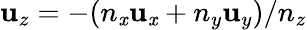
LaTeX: \mathbf{u}_{z}=-(n_{\mathit{x}}\mathbf{u}_{\mathit{x}}+n_{y}\mathbf{u}_{y})/n_{z}